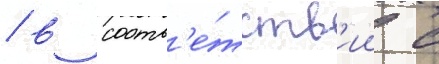
/ в соотв'е́тств'ии с